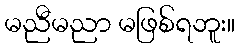
မညီမညာ မဖြစ်ရဘူး။